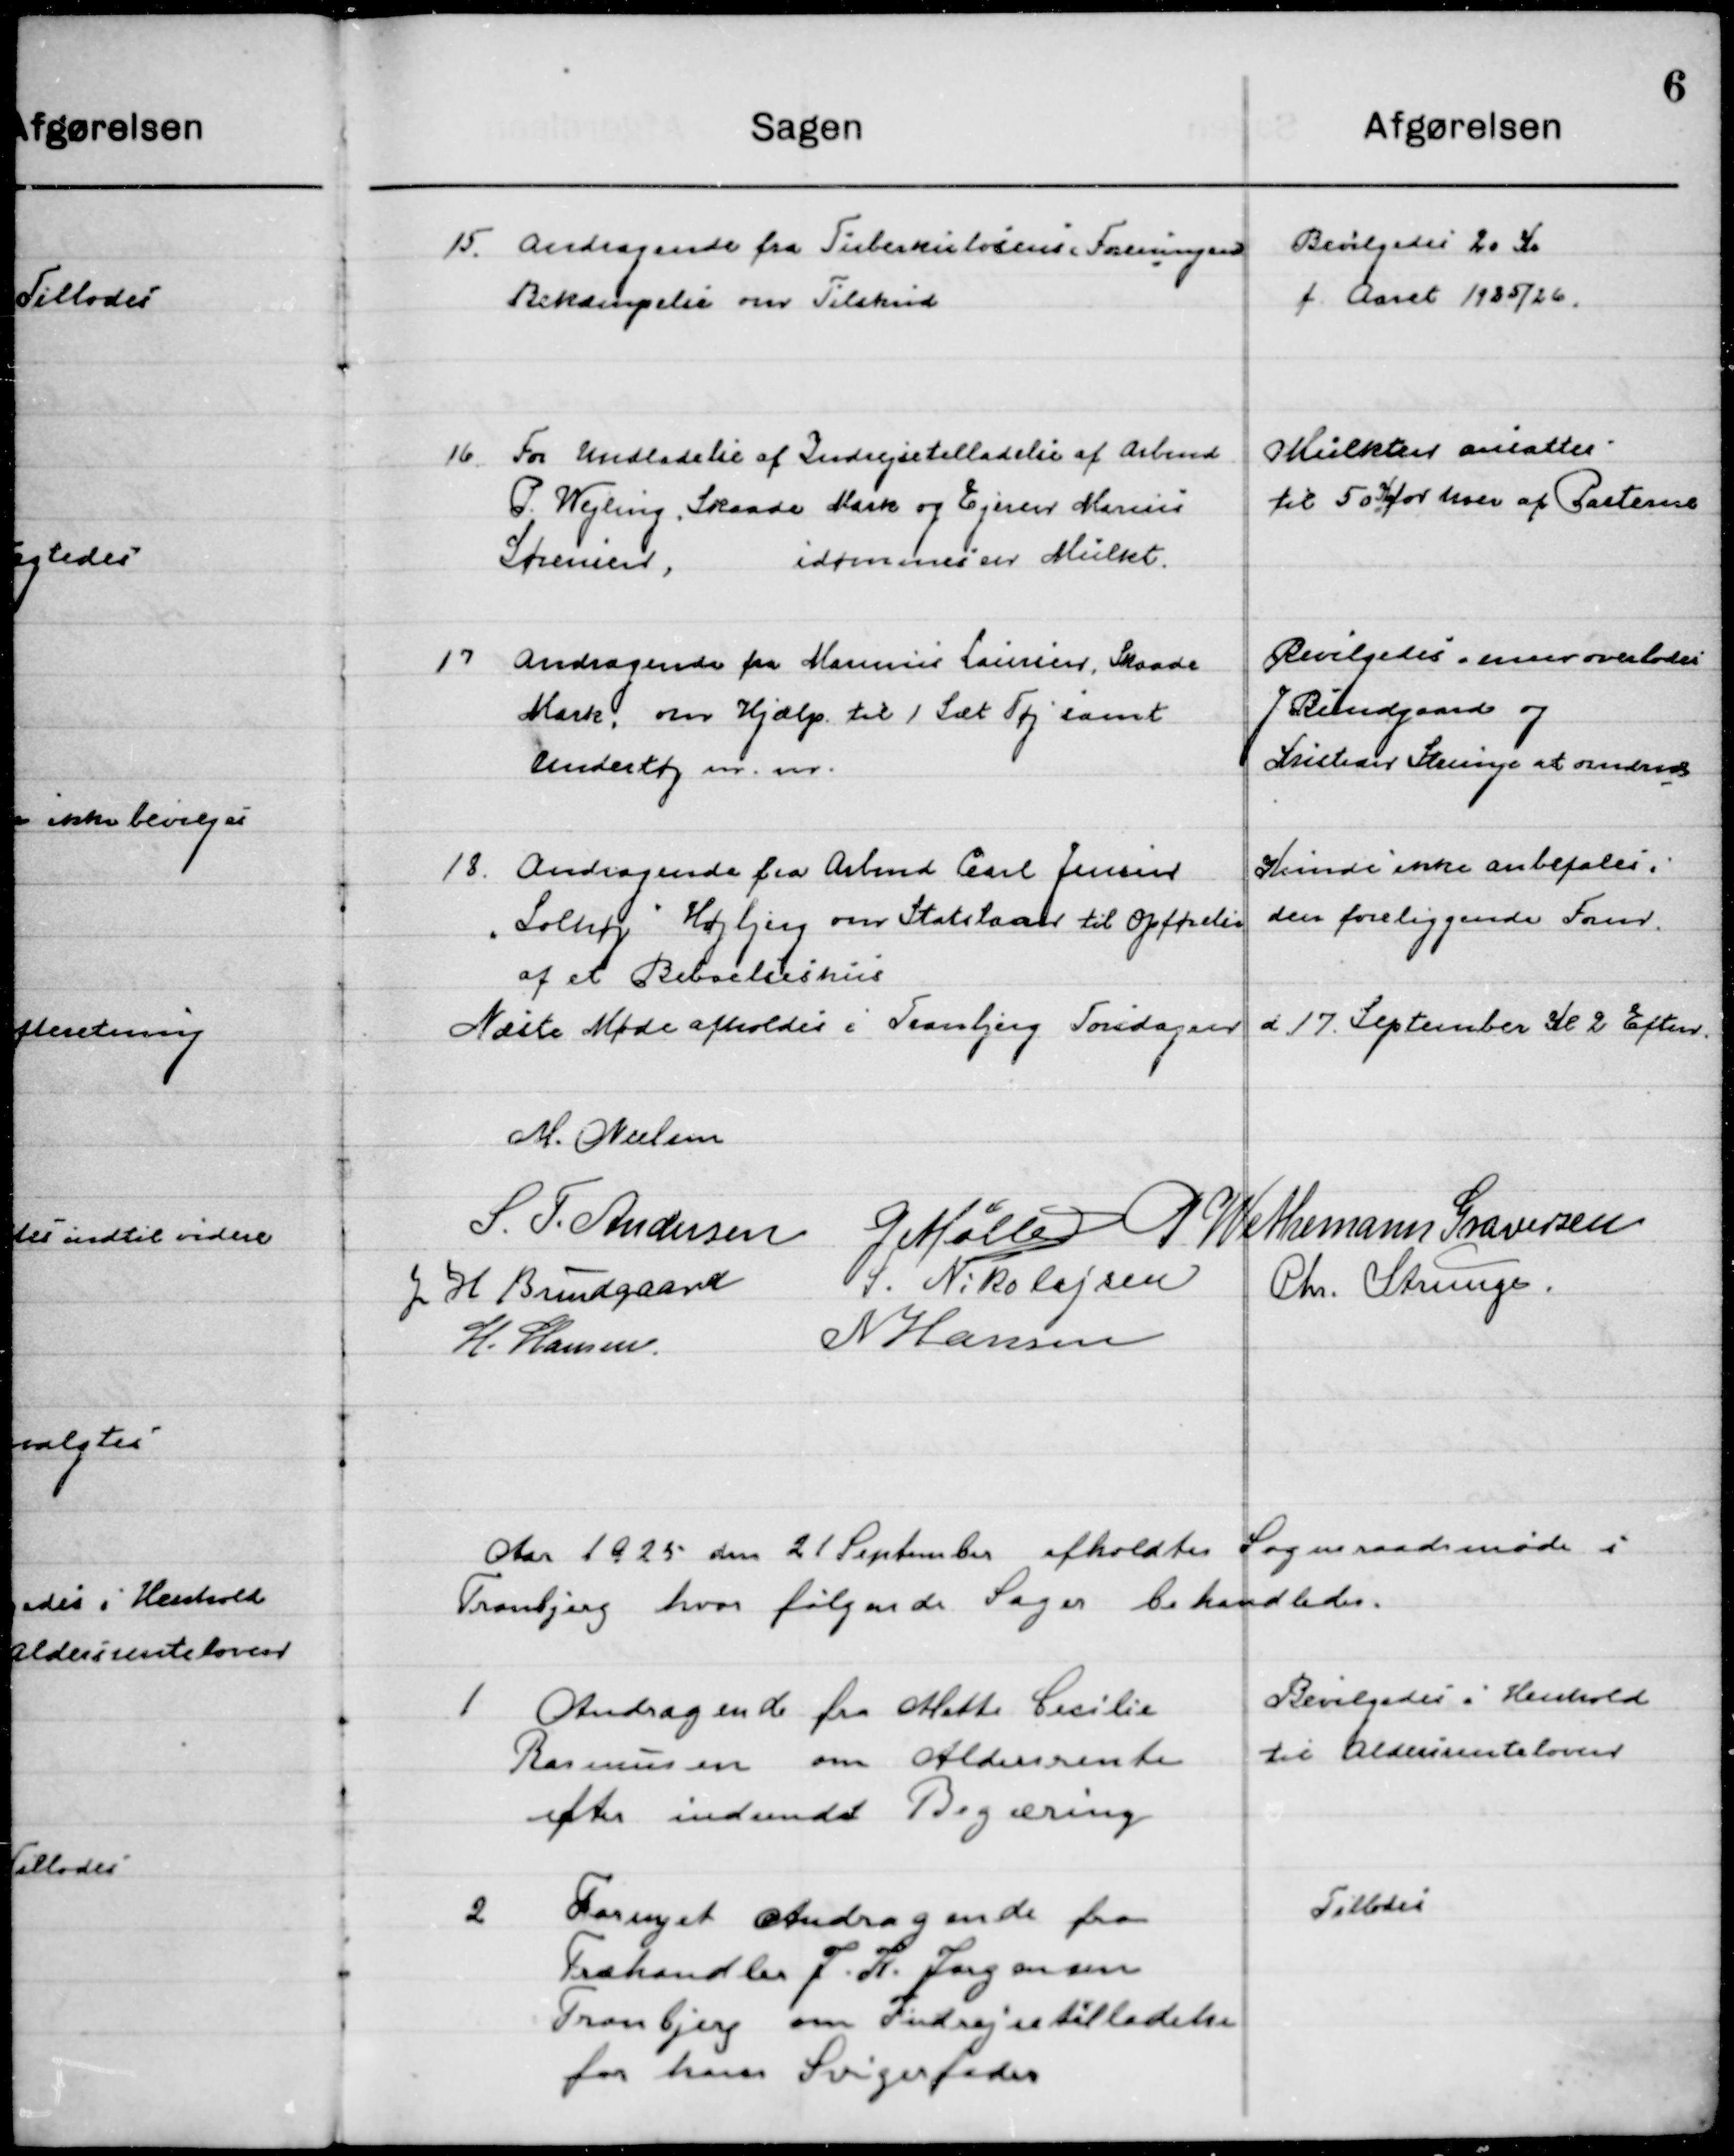
Transskription:
15

Andragende fra Tuberkuloses Foreningen
Bekæmpelse om Tilskud

Bevilgedes 20 Kr.
f. Aaret 1925/26

16

For Undladelse af Indrejsetilladelse af Arbmd.
P. Wejling, Skaade Mark og Ejner Marius
Sørensen, idømmes en Mulkt.

Mulkterne ansættes
til 50 Kr. for hver af Parterne

17

Andragende fra Marinus Laursen, Skaade
Mark, om Hjælp til 1 Sæt Tøj samt  
Undertøj m.m.

Bevilgedes meer overlodes
J. Ringgaard og
Kristian Strunge at overdrage

18

Andragende fra Arbmd. Carl Jensen
”Solhøj” Højbjerg om Statslaan til Opførelse 
af et Beboelseshus

Kunde ikke anbefales i
Den foreliggende Form

Næste Møde afholdes i Tranbjerg Torsdagen d 17 September Kl. 2 Eftemd.

S. F. Andersen
M. Nielsen
G. Møller
P. Wethemann Graversen
J. H. Bundgaard
S. Nikolajsen
Chr. Strunge
H. Hansen
N. Hansen

Aaret 1925 den 21 September afholdtes Sogneraadsmøde i 
Tranbjerg hvor følgende Sager behandledes.

1

Andragende fra Mette Cecilie
Rasmussen om Aldersrente
efter indsendt Begæring

Bevilgedes i Henhold
til Aldersrenteloven

2

Fornyet Andragende fra
Træhandler J. K. Jørgensen 
Tranbjerg om Indrejsetilladelse
for hans Svigerfader

Tillodes